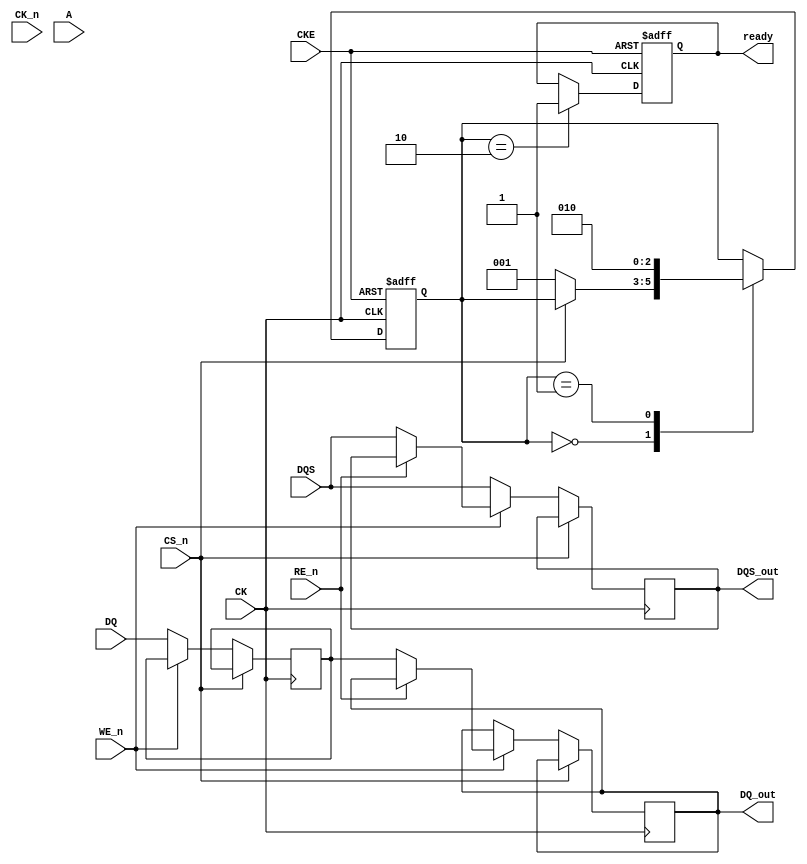
module gDDR3_IO_Block (
    // Differential signaling for data and clock lines
    input wire [31:0] DQ,          // Data lines (32 bits wide)
    input wire [3:0] DQS,          // Data Strobe signals
    input wire CK,                 // Clock input
    input wire CK_n,               // Complementary Clock input
    input wire CKE,                // Clock Enable
    input wire CS_n,               // Chip Select (active low)
    input wire WE_n,               // Write Enable (active low)
    input wire RE_n,               // Read Enable (active low)
    input wire [15:0] A,           // Address lines
    output wire [31:0] DQ_out,     // Output Data lines
    output reg [3:0] DQS_out,      // Output Data Strobe
    output reg ready               // Ready signal for operation
);

    // Internal signals
    reg [31:0] data_buffer;         // Data buffer for bi-directional data path
    reg [2:0] state;                // State variable for initialization
    reg [31:0] data_out;            // Data output register

    // State machine for initialization
    localparam IDLE = 3'b000,
               INIT = 3'b001,
               READY = 3'b010;

    // State machine process
    always @(posedge CK or negedge CKE) begin
        if (!CKE) begin
            state <= IDLE;            // Reset state on clock disable
            ready <= 1'b0;           // Not ready
        end else begin
            case (state)
                IDLE: begin
                    if (!CS_n) begin   // If chip is selected
                        state <= INIT; // Move to initialization state
                    end
                end
                INIT: begin
                    // Perform initialization tasks here
                    // ...
                    state <= READY;    // Move to ready state after init
                end
                READY: begin
                    ready <= 1'b1;     // Set ready signal
                end
            endcase
        end
    end

    // Data path for read/write operations
    always @(posedge CK) begin
        if (!CS_n) begin
            if (!WE_n) begin           // Write operation
                data_buffer <= DQ;     // Capture data on write
                DQS_out <= DQS;        // Capture DQS
            end else if (!RE_n) begin  // Read operation
                DQ_out <= data_buffer;  // Output data from buffer
                DQS_out <= DQS;         // Capture DQS
            end
        end
    end

    // Timing control and signal integrity handling
    // This section would include timing constraints and signal integrity measures
    // such as impedance matching, which are typically handled in synthesis tools.

    // Power management and low-power states
    // This section would include logic for power-down modes and low-power states.

    // Error detection and correction mechanisms
    // This section would include EDC/ECC logic if required.

endmodule